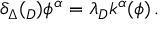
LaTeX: \delta _ { \Delta } ( \l _ { D } ) \phi ^ { \alpha } = \lambda _ { D } k ^ { \alpha } ( \phi ) \, .